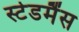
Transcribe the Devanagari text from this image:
स्टेडमैंस